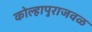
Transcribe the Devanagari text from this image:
कोल्हापुराजवळ